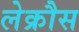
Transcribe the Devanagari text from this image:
लेक्रौस